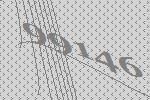
99146